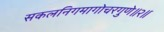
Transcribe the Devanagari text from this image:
सकलनिगमागोचरगुणे॥२॥